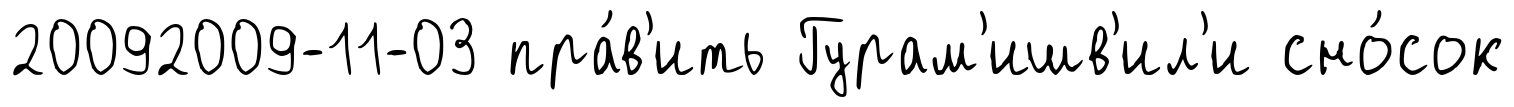
20092009-11-03 пра́в'ить Гурам'ишв'ил'и сно́сок